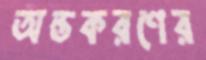
অন্তকরণের